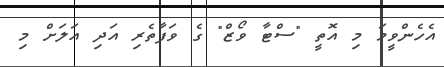
އެހެންވީމަ މި އޮތީ "ސްޓާ ވޯޒް" ގެ ވަފާތެރި އަދި އަލަށް މި